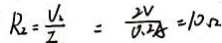
R _ { 2 } = \frac { U _ { 1 } } { I } = \frac { 2 V } { 0 . 2 A } = 1 0 \Omega